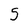
Character: 5